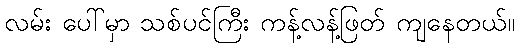
လမ်း ပေါ်မှာ သစ်ပင်ကြီး ကန့်လန့်ဖြတ် ကျနေတယ်။